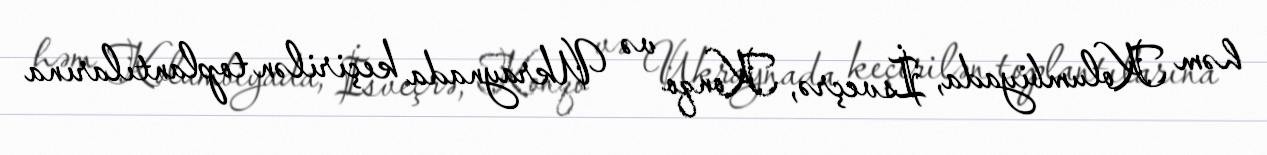
həm Kolumbiyada, İsveçrə, Konqo və Ukraynada keçirilən toplantılarına